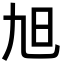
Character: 旭